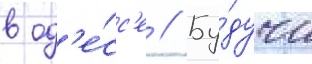
в од'е́сс'е // Бу́дучи